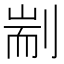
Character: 剬